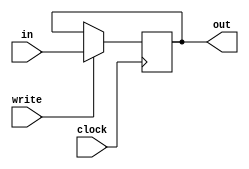
module reg16bitsP(in, out, write, clock);

	/***************************************************************************
	* Registrador de 16 bits sensivel a borda de subida do clock.
	***************************************************************************/

    parameter ini = 0;
	input [15:0] in;
	input write, clock;
	output reg [15:0] out;

	initial begin
	    out = ini;
	end

	always @(posedge clock)begin
		if (write) begin
			out = in;
		end
	end

endmodule